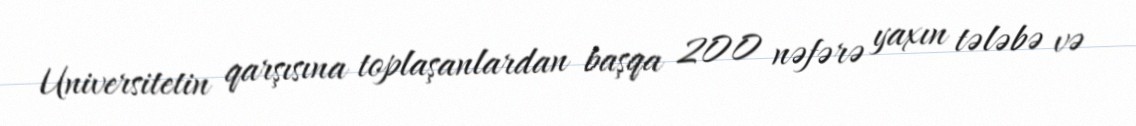
Universitetin qarşısına toplaşanlardan başqa 200 nəfərə yaxın tələbə və